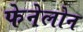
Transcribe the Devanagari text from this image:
फेनेलोन